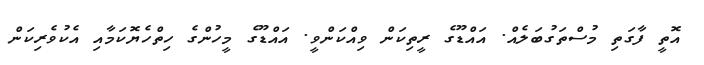
އޮތީ ފާގަތި މުސްތަގުބަލެއް. އައްޑޫގެ ރީތިކަން ވިއްކަންވީ. އައްޑޫގެ މީހުންގެ ހިތްހެޔޮކަމާއި އެކުވެރިކަން